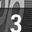
Digit: 3